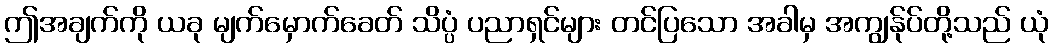
ဤအချက်ကို ယခု မျက်မှောက်ခေတ် သိပ္ပံ ပညာရှင်များ တင်ပြသော အခါမှ အကျွန်ုပ်တို့သည် ယုံ